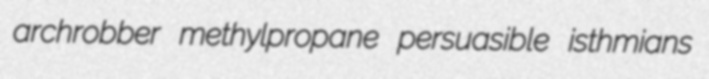
archrobber methylpropane persuasible isthmians